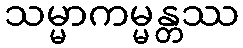
သမ္မာကမ္မန္တဿ